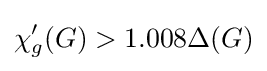
\chi '_{g}(G)>1.008\Delta (G)